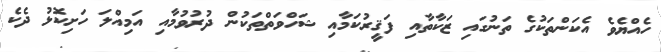
ހެއްޔެވެ އެކަންތަކުގެ ތަނުގައި ޒަކާތާއި ފަޤީރުކަމާއި ޝަހްވަތްތަކުން ދުރުވުމާއި އަމިއްލަ ހަށިކޮޅު ދެކެ